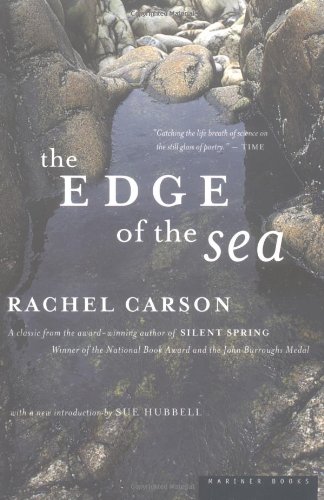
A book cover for The Edge of the Sea; Rachel Carson; Science & Math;